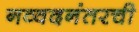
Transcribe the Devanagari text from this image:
नव्वदनंतरची